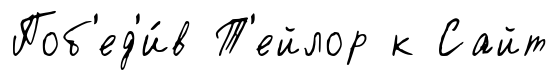
Поб'ед'и́в Т'ейлор к Сайт